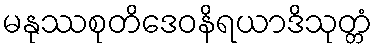
မနုဿစုတိဒေဝနိရယာဒိသုတ္တံ